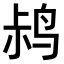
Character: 𫛧